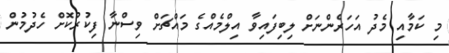
މި ކަމާއި މެދު އަހަރެންނަށް ލިބިފައިވާ އިލްމެއްގެ މައްޗަށް ވިސްނާ ފިކުރުކޮށް ހެދުމުން